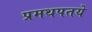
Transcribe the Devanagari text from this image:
प्रमथपतये